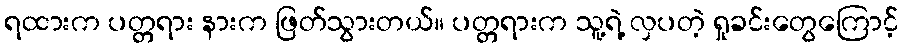
ရထားက ပတ္တရား နားက ဖြတ်သွားတယ်။ ပတ္တရားက သူ့ရဲ့ လှပတဲ့ ရှုခင်းတွေကြောင့်